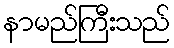
နာမည်ကြီးသည်